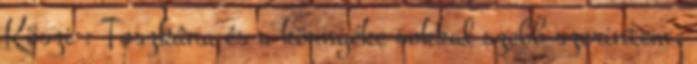
Köszi : Toszkána és a környéke sokkal szebb szerintem,